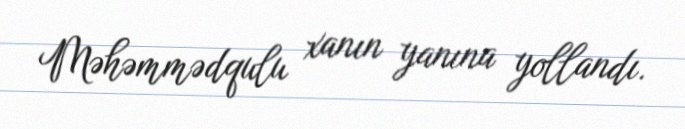
Məhəmmədqulu xanın yanına yollandı.